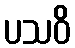
ပသဝိ